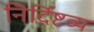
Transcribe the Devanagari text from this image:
निर्दिष्टव्य